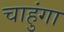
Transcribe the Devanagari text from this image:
चाहुंगा